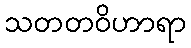
သတတဝိဟာရာ